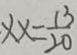
\times x = \frac { 1 3 } { 2 0 }